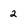
Character: 2